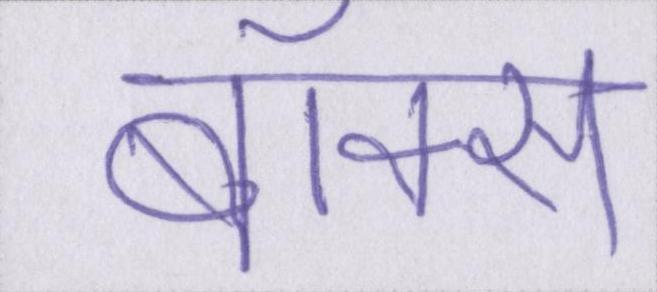
बॉक्स